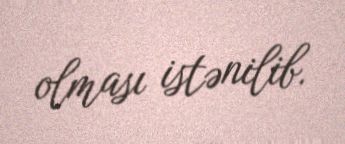
olması istənilib.